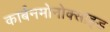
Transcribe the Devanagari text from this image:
कार्बनमोनोक्साइड